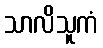
သာလိသူကံ